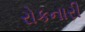
રોકનારી